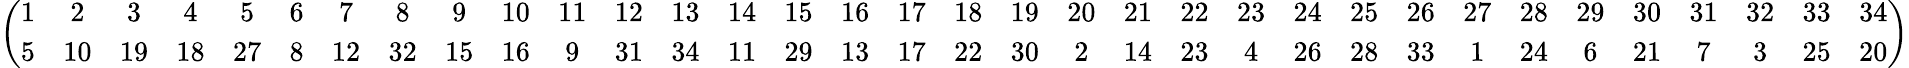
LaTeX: \begin{array}{r}{\left(\begin{array}{cccccccccccccccccccccccccccccccccc}{1}&{2}&{3}&{4}&{5}&{6}&{7}&{8}&{9}&{10}&{11}&{12}&{13}&{14}&{15}&{16}&{17}&{18}&{19}&{20}&{21}&{22}&{23}&{24}&{25}&{26}&{27}&{28}&{29}&{30}&{31}&{32}&{33}&{34}\\ {5}&{10}&{19}&{18}&{27}&{8}&{12}&{32}&{15}&{16}&{9}&{31}&{34}&{11}&{29}&{13}&{17}&{22}&{30}&{2}&{14}&{23}&{4}&{26}&{28}&{33}&{1}&{24}&{6}&{21}&{7}&{3}&{25}&{20}\end{array}\right)}\end{array}